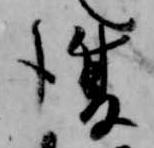
復